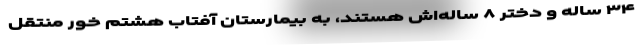
۳۴ ساله و دختر ۸ ساله‌اش هستند، به بیمارستان آفتاب هشتم خور منتقل